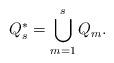
LaTeX: \begin{align*}Q_{s}^{*}=\bigcup_{m=1}^{s}Q_{m}. \end{align*}